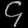
Digit: ၄